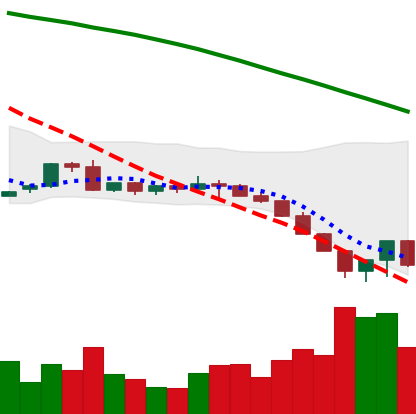
Ticker: LTC-USD
Chart end date: 2022-06-16
Forward return: 19.705%
Label: up_7plus